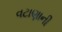
વટાણાની